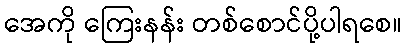
အေကို ကြေးနန်း တစ်စောင်ပို့ပါရစေ။